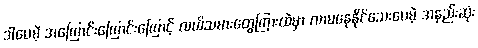
ဒါပေမဲ့ အကြောင်းကြောင်းကြောင့် လယ်သမားတွေကြားထဲမှာ လာမနေနိုင်သေးပေမဲ့ အနည်းဆုံး